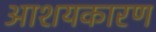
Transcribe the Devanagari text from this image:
आशयकारण